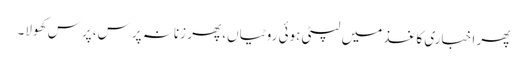
پھر اخباری کاغذ میں لپٹی ہوئی روٹیاں، پھر زنانہ پرس، پرس کھولا۔